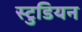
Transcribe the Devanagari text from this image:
स्टुडियन